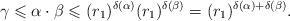
LaTeX: \begin{gather*}\gamma \leqslant \alpha \cdot \beta \leqslant (r_1)^{\delta(\alpha)} (r_1)^{\delta(\beta)} = (r_1)^{\delta(\alpha) + \delta(\beta)}.\end{gather*}